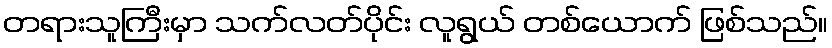
တရားသူကြီးမှာ သက်လတ်ပိုင်း လူရွယ် တစ်ယောက် ဖြစ်သည်။